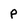
Character: P